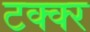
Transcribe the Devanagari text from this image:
टक्क्‍र